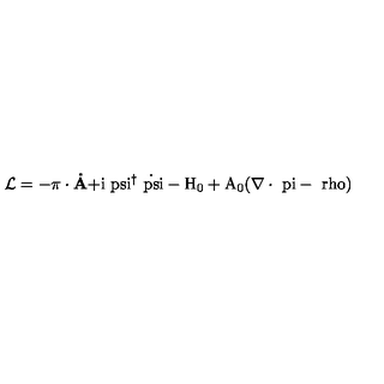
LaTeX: { \cal L } = - \mathrm { \boldmath \pi } \bf \cdot \dot { A } \mathrm { + i \ p s i ^ { \dagger } \dot { \ p s i } - H _ { 0 } + A _ { 0 } ( \nabla \cdot \mathrm { \boldmath \ p i } - \ r h o ) }